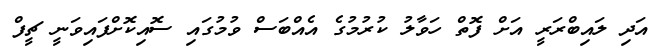
އަދި ލައިބްރަރީ އަށް ފޮތް ހަވާލު ކުރުމުގެ އެއްބަސް ވުމުގައި ސޮއިކޮށްފައިވަނީ ޗީފް